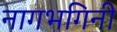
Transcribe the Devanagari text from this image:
नागभगिनी